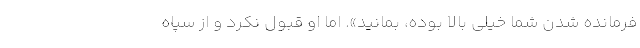
فرمانده شدن شما خیلی بالا بوده، بمانید». اما او قبول نکرد و از سپاه